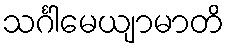
သင်္ဂါမေယျာမာတိ